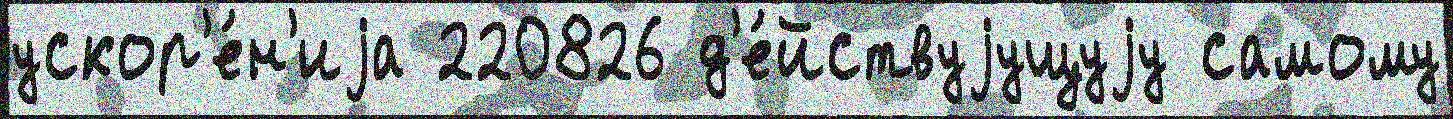
ускор'е́н'иjа 220826 д'е́йствуjущуjу самому